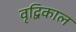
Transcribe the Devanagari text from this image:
वृद्विकाल